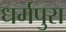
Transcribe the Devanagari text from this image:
धर्मपुरा